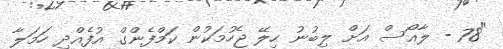
"78 - ލާއޯސް އަށް ލިބުނު ހިލޭ ޖެހުމަކުން ކަމްފެންގް އުފެއްދި ހަމަލާ